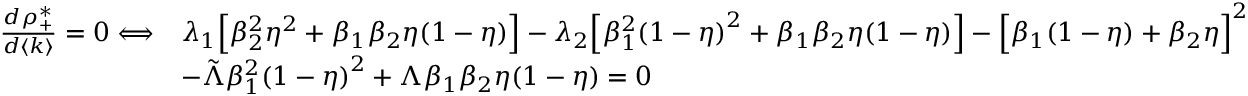
\begin{array} { r l } { \frac { d \rho _ { + } ^ { * } } { d \langle k \rangle } = 0 \Longleftrightarrow } & { \lambda _ { 1 } \Big [ \beta _ { 2 } ^ { 2 } \eta ^ { 2 } + \beta _ { 1 } \beta _ { 2 } \eta ( 1 - \eta ) \Big ] - \lambda _ { 2 } \Big [ \beta _ { 1 } ^ { 2 } { ( 1 - \eta ) } ^ { 2 } + \beta _ { 1 } \beta _ { 2 } \eta ( 1 - \eta ) \Big ] - { \Big [ \beta _ { 1 } ( 1 - \eta ) + \beta _ { 2 } \eta \Big ] } ^ { 2 } } \\ & { - \Tilde { \Lambda } \beta _ { 1 } ^ { 2 } { ( 1 - \eta ) } ^ { 2 } + \Lambda \beta _ { 1 } \beta _ { 2 } \eta ( 1 - \eta ) = 0 } \end{array}